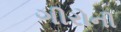
ગીરોની